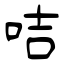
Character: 咭